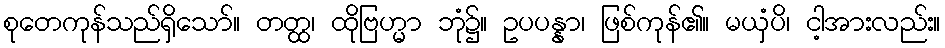
စုတေကုန်သည်ရှိသော်။ တတ္ထ၊ ထိုဗြဟ္မာ ဘုံ၌။ ဥပပန္နာ၊ ဖြစ်ကုန်၏။ မယှံပိ၊ ငါ့အားလည်း။